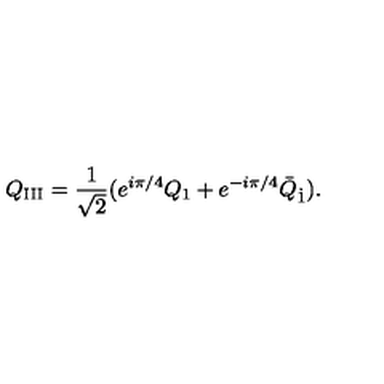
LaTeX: Q _ { \mathrm { I I I } } = \frac { 1 } { \sqrt { 2 } } ( e ^ { i \pi / 4 } Q _ { 1 } + e ^ { - i \pi / 4 } \bar { Q } _ { \dot { 1 } } ) .